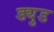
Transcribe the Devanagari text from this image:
ड्युड